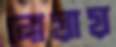
নোয়ায়